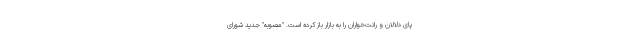
پای دلالان و رانت‌خواران را به بازار باز کرده است. "مصوبه" جدید شورای